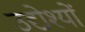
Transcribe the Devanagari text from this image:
उद्येश्यों